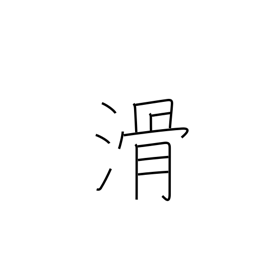
Meaning: fail exam